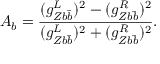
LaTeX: A _ { b } = \frac { ( g _ { Z b \bar { b } } ^ { L } ) ^ { 2 } - ( g _ { Z b \bar { b } } ^ { R } ) ^ { 2 } } { ( g _ { Z b \bar { b } } ^ { L } ) ^ { 2 } + ( g _ { Z b \bar { b } } ^ { R } ) ^ { 2 } } .